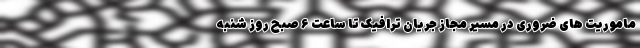
ماموریت های ضروری در مسیر مجاز جریان ترافیک تا ساعت ۶ صبح روز شنبه